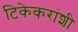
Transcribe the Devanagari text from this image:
टिकेकरांशी